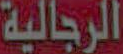
الرجالية